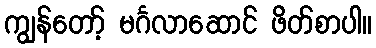
ကျွန်တော့် မင်္ဂလာဆောင် ဖိတ်စာပါ။